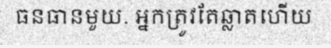
ធនធានមួយ. អ្នកត្រូវតែឆ្លាតហើយ